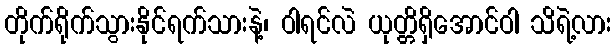
တိုက်ရိုက်သွားနိုင်ရက်သားနဲ့၊ ဝါရင်လဲ ယုတ္တိရှိအောင်ဝါ သိရဲ့လား